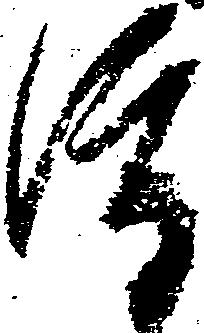
渡